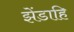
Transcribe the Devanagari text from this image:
झेंडाहि